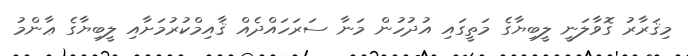
މިޤަރާރު ގޮވާލަނީ ލީބިޔާގެ މަތީގައި އުދުހުން މަނާ ސަރަހައްދެއް ޤާއިމްކުރުމަށާއި ލީބިޔާގެ ޢާންމު